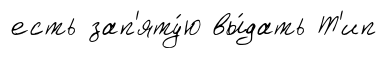
есть зап'яту́ю вы́дать Т'ип